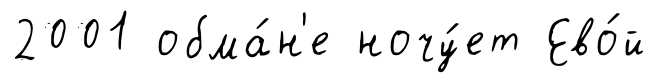
2001 обма́н'е ночу́ет Ево́й